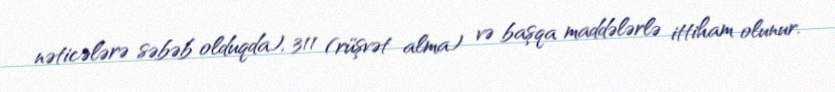
nəticələrə səbəb olduqda), 311 (rüşvət alma) və başqa maddələrlə ittiham olunur.